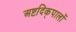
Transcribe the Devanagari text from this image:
अष्टदिक्‌पालों